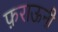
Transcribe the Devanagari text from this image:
फ़राऊनी